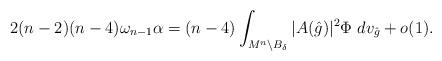
LaTeX: \begin{align*} 2(n-2)(n-4)\omega_{n-1} \alpha = (n-4) \int_{M^n \setminus B_{\delta}} |A(\hat{g})|^2 \Phi\ dv_{\hat{g}} + o(1).\end{align*}